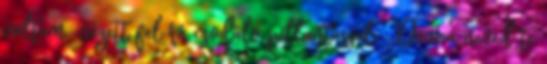
voltam.-nézett fel rá csodáló pillantással. -Davi a neved te